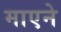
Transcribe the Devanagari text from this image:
माएने